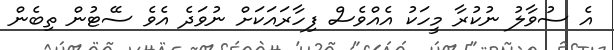
އެ ސުވާލު ނުކުރާ މީހަކު އެއްވެސް ފިހާރައަކަށް ނުވަދެ އެވެ ސޭޓުން ތިބެން